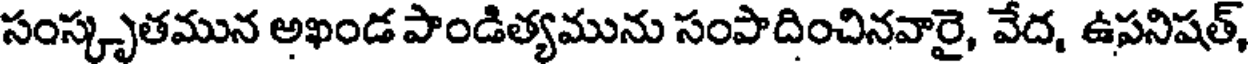
సంస్కృతమున అఖండ పాండిత్యమును సంపాదించినవారై, వేద, ఉపనిషత్,